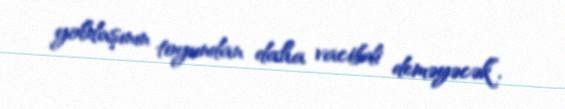
yoldaşının toyundan daha vacibdi deməyəcək”.